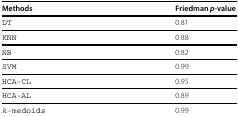
<table><thead><tr><td><b>Methods</b></td><td><b>Friedman<i>p</i>-value</b></td></tr></thead><tbody><tr><td>DT</td><td>0.81</td></tr><tr><td>KNN</td><td>0.88</td></tr><tr><td>NB</td><td>0.82</td></tr><tr><td>SVM</td><td>0.99</td></tr><tr><td>HCA-CL</td><td>0.95</td></tr><tr><td>HCA-AL</td><td>0.89</td></tr><tr><td><i>k</i>-medoids</td><td>0.99</td></tr></tbody></table>